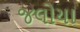
જલોયા